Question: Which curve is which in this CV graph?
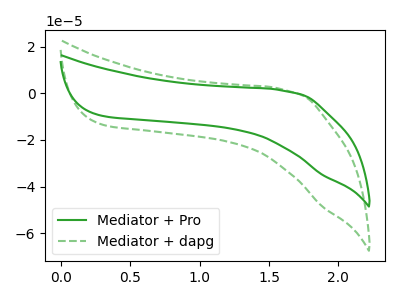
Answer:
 <answer>The green curve is labeled "Mediator + Pro". The green dashed curve is labeled "Mediator + dapg".</answer>
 <eval></eval>